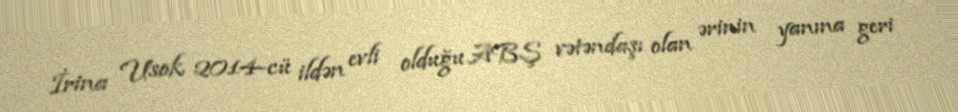
İrina Usok 2014-cü ildən evli olduğu ABŞ vətəndaşı olan ərinin yanına geri